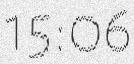
15:06